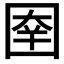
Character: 𰉑